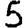
Digit: 5